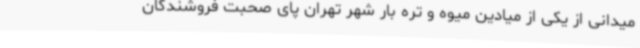
میدانی از یکی از میادین میوه و تره بار شهر تهران پای صحبت فروشندگان